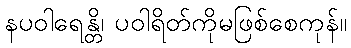
နပဝါရေန္တိ၊ ပဝါရိတ်ကိုမဖြစ်စေကုန်။